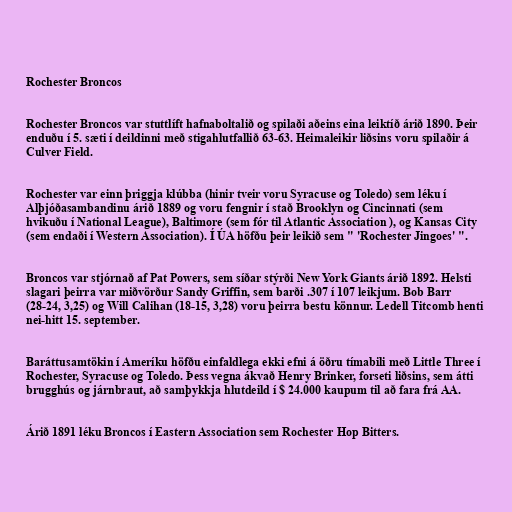
Rochester Broncos

Rochester Broncos var stuttlíft hafnaboltalið og spilaði aðeins eina leiktíð árið 1890. Þeir
enduðu í 5. sæti í deildinni með stigahlutfallið 63-63. Heimaleikir liðsins voru spilaðir á
Culver Field.

Rochester var einn þriggja klúbba (hinir tveir voru Syracuse og Toledo) sem léku í
Alþjóðasambandinu árið 1889 og voru fengnir í stað Brooklyn og Cincinnati (sem
hvikuðu í National League), Baltimore (sem fór til Atlantic Association ), og Kansas City
(sem endaði í Western Association). Í ÚA höfðu þeir leikið sem " 'Rochester Jingoes' ".

Broncos var stjórnað af Pat Powers, sem síðar stýrði New York Giants árið 1892. Helsti
slagari þeirra var miðvörður Sandy Griffin, sem barði .307 í 107 leikjum. Bob Barr
(28-24, 3,25) og Will Calihan (18-15, 3,28) voru þeirra bestu könnur. Ledell Titcomb henti
nei-hitt 15. september.

Baráttusamtökin í Ameríku höfðu einfaldlega ekki efni á öðru tímabili með Little Three í
Rochester, Syracuse og Toledo. Þess vegna ákvað Henry Brinker, forseti liðsins, sem átti
brugghús og járnbraut, að samþykkja hlutdeild í $ 24.000 kaupum til að fara frá AA.

Árið 1891 léku Broncos í Eastern Association sem Rochester Hop Bitters.